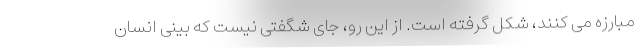
مبارزه می کنند، شکل گرفته است. از این رو، جای شگفتی نیست که بینی انسان